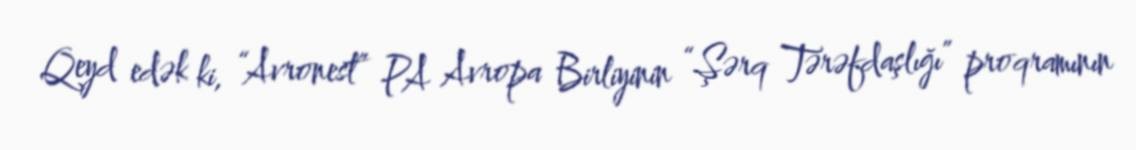
Qeyd edək ki, “Avronest” PA Avropa Birliyinin “Şərq Tərəfdaşlığı” proqramının